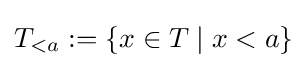
T_{<a}:=\{x\in T\mid x<a\}